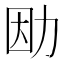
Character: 𠡛